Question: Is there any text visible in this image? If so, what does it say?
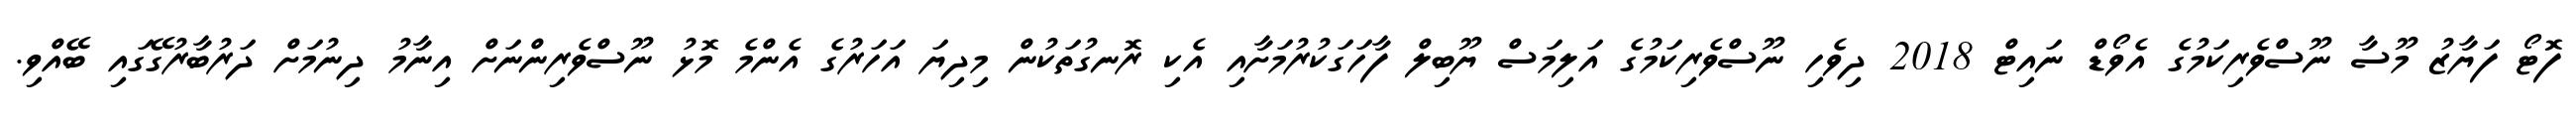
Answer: ފޮޓޯ ފަޔާޒު މޫސާ ނޫސްވެރިކަމުގެ އެވޯޑް ނައިޓް 2018 ދިވެހި ނޫސްވެރިކަމުގެ އަލިމަސް ޔޫބިލް ފާހަގަކުރުމަށާއި އެކި ރޮނގުތަކުން މިދިޔަ އަހަރުގެ އެންމެ މޮޅު ނޫސްވެރިންނަށް އިނާމު ދިނުމަށް ދަރުބާރުގޭގައި ބޭއްވި.